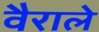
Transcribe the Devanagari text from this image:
वैराले